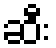
ဆီး